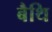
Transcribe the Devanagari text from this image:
बैथि